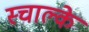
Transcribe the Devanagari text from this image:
स्चाल्के